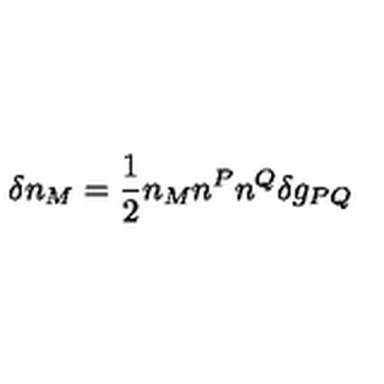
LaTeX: \delta n _ { M } = \frac { 1 } { 2 } n _ { M } n ^ { P } n ^ { Q } \delta g _ { P Q }